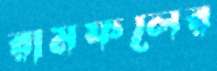
রামফলের